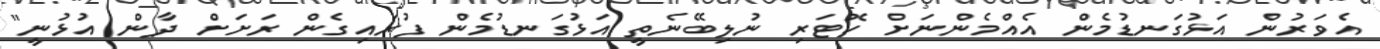
އެވަރުން އަޅުގަނޑުމެން އެއްމެންނަށް ކޮޓަރި ނުލިބޭނެތީ އަޅުގަނޑުމެން ފުރައިގެން ރަށަށް ދާން އުޅުނީ"